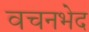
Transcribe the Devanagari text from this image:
वचनभेद